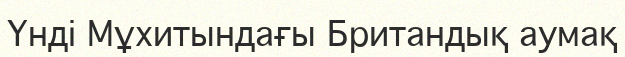
Үнді Мұхитындағы Британдық аумақ